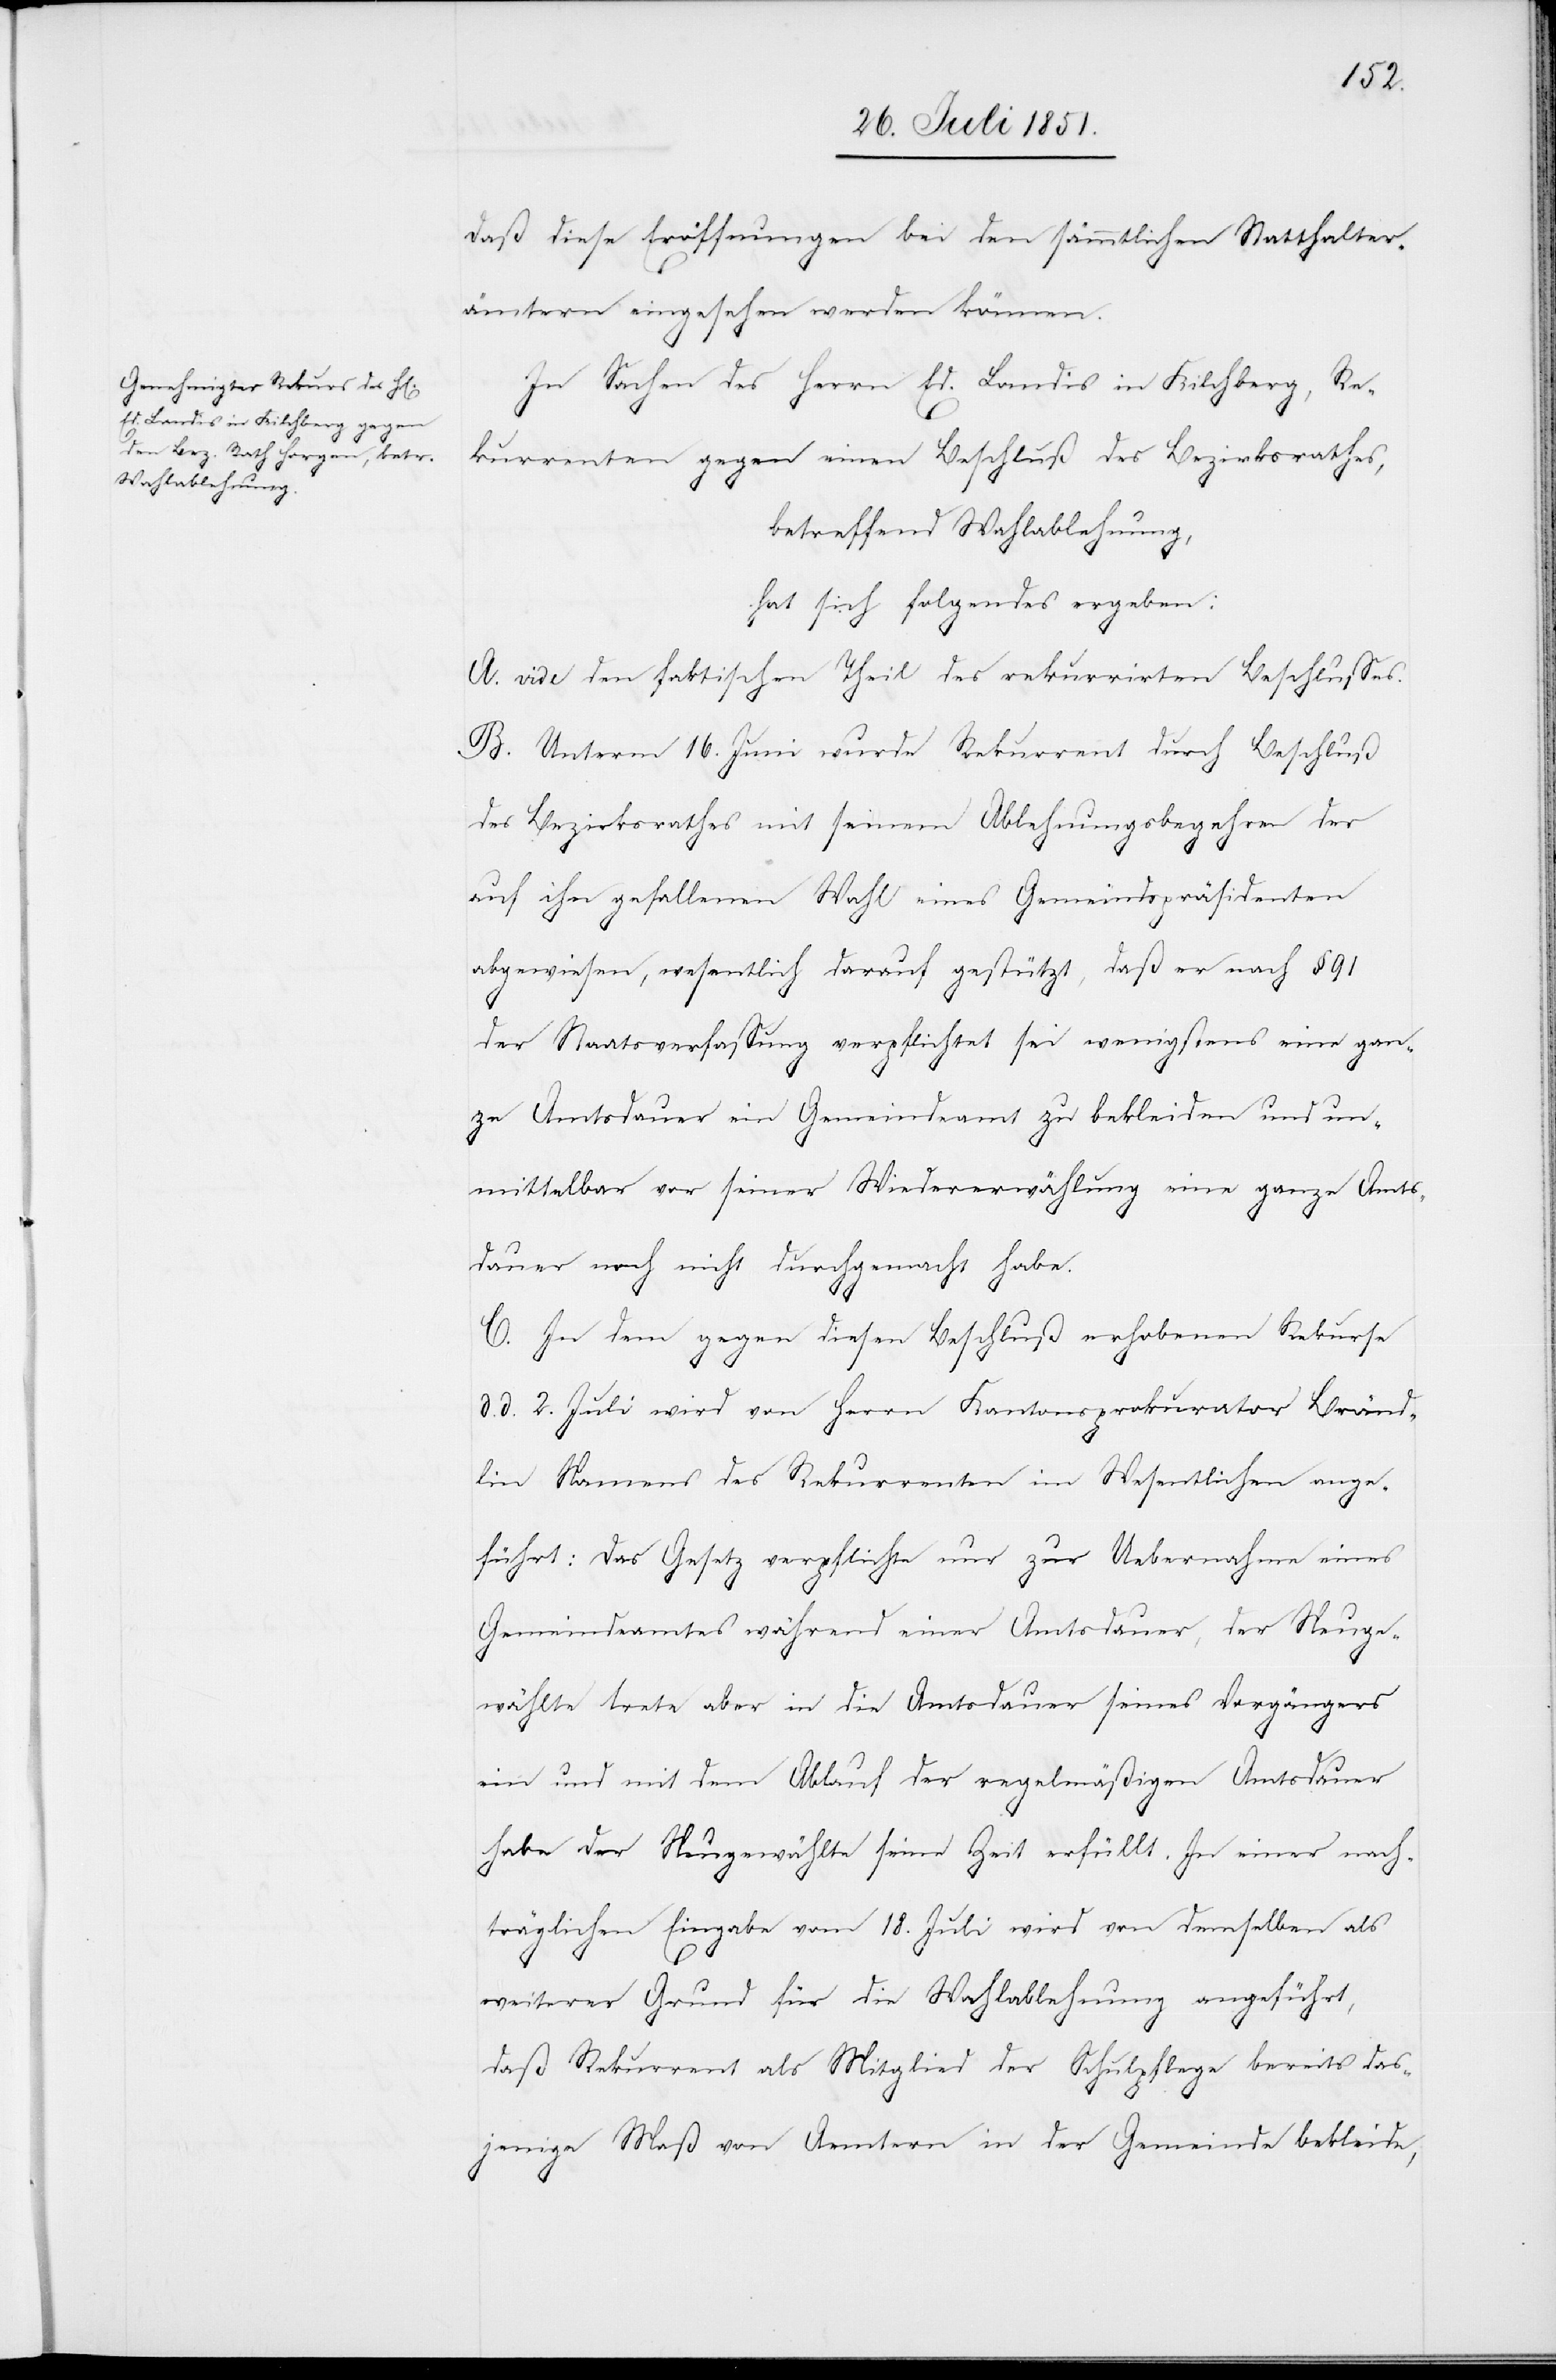
daß diese Eröffnungen bei den sämmtlichen Statthalter¬
ämtern eingesehen werden können.
In Sachen des Herrn Ed. Landis in Kilchberg, Re¬
kurrenten gegen einen Beschluß des Bezirksrathes,
betreffend Wahlablehnung,
hat sich folgendes ergeben:
A. vide den faktischen Theil des rekurrirten Beschlusses.
B. Unterm 16. Juni wurde Rekurrent durch Beschluß
des Bezirksrathes mit seinem Ablehnungsbegehren der
auf ihn gefallenen Wahl eines Gemeindspräsidenten
abgewiesen, wesentlich darauf gestützt, daß er nach § 91
der Staatsverfassung verpflichtet sei wenigstens eine gan¬
ze Amtsdauer ein Gemeindeamt zu bekleiden und un¬
mittelbar vor seiner Wiedererwählung eine ganze Amts¬
dauer noch nicht durchgemacht habe.
C. In dem gegen diesen Beschluß erhobenen Rekurse
d. d. 2. Juli wird von Herrn Kantonsprokurator Bränd¬
lin Namens des Rekurrenten im Wesentlichen ange¬
führt: Das Gesetz verpflichte nur zur Uebernahme eines
Gemeindeamtes während einer Amtsdauer, der Neuge¬
wählte trete aber in die Amtsdauer seines Vorgängers
ein und mit dem Ablauf der regelmäßigen Amtsdauer
habe der Neugewählte seine Zeit erfüllt. In einer nach¬
träglichen Eingabe vom 18. Juli wird von demselben als
weiterer Grund für die Wahlablehnung angeführt,
daß Rekurrent als Mitglied der Schulpflege bereits das¬
jenige Maß von Aemtern in der Gemeinde bekleide,